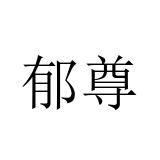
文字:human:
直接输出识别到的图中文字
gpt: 郁尊